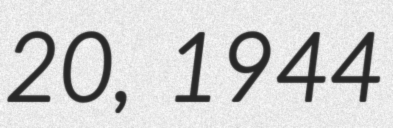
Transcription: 20, 1944